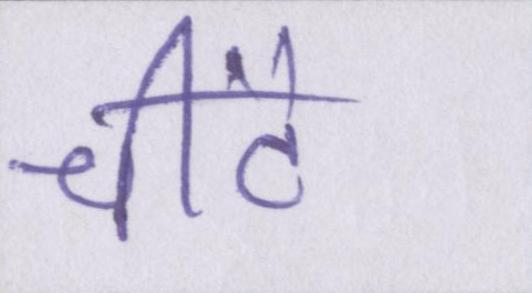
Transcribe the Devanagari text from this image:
चींटे